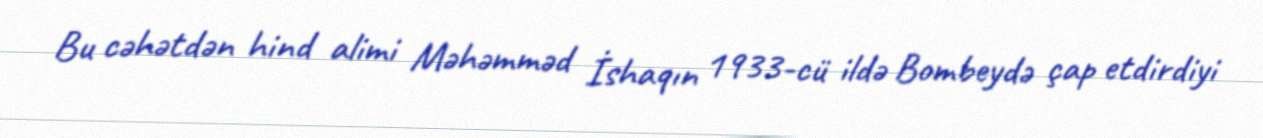
Bu cəhətdən hind alimi Məhəmməd İshaqın 1933-cü ildə Bombeydə çap etdirdiyi